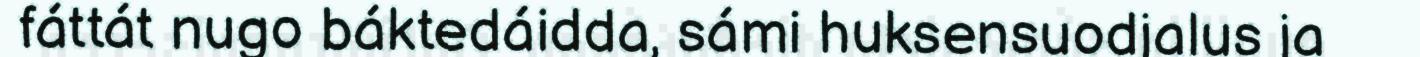
fáttát nugo báktedáidda, sámi huksensuodjalus ja